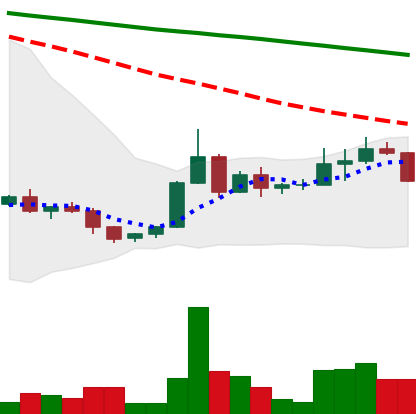
Ticker: ADA-USD
Chart end date: 2022-06-10
Forward return: -7.126%
Label: down_7plus